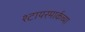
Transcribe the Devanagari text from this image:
श्टायरमार्कच्या